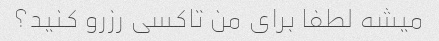
میشه لطفا برای من تاکسی رزرو کنید؟